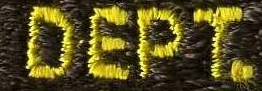
DEPT.